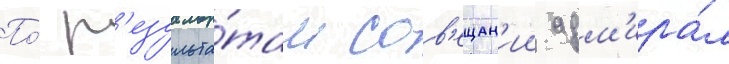
По́ р'езульта́там сов'ещан'ии адм'ира́л